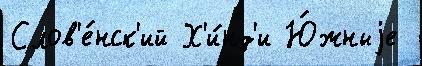
Слов'е́нск'ий Х'и́нд'и Ю́жныjе